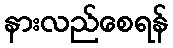
နားလည်စေရန်